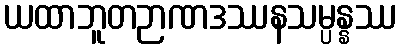
ယထာဘူတဉာဏဒဿနသမ္ပန္နဿ